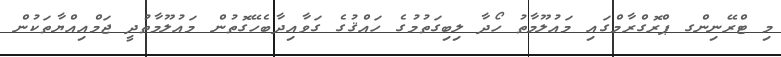
މި ޓްރޭނިންގ ޕްރޮގްރާމްގައި މައުލޫމާތު ހޯދާ ލިބިގަތުމުގެ ހައްޤުގެ ގަވާއިދާބެހޭގޮތުން މައުލޫމާތުދީ ޖަމްއިއްޔާތަކުން